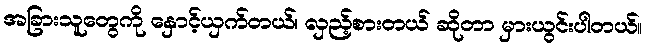
အခြားသူတွေကို နှောင့်ယှက်တယ်၊ လှည့်စားတယ် ဆိုတာ မှားယွင်းပါတယ်။